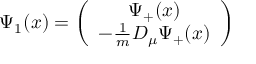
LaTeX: \Psi _ { 1 } ( x ) = \left( \begin{array} { c } { { \Psi _ { + } ( x ) } } \\ { { - \frac 1 m D _ { \mu } \Psi _ { + } ( x ) } } \end{array} \right)